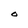
Character: O